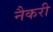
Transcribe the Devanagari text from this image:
नैकरी